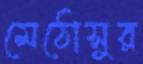
মেঠোসুর